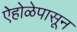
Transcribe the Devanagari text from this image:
ऐहोळेपासून